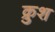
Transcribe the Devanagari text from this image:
क्रुश